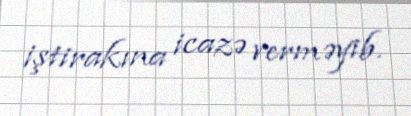
iştirakına icazə verməyib.